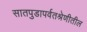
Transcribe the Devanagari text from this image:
सातपुडापर्वतश्रेणीतील